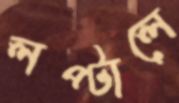
লপ্‌টালে